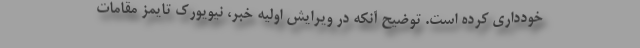
خودداری کرده است. توضیح آنکه در ویرایش اولیه خبر، نیویورک تایمز مقامات